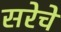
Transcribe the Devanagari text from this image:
सरेचे